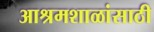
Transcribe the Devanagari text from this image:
आश्रमशाळांसाठी